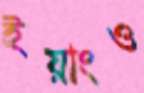
ইয়াংও